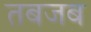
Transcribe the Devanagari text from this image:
तबजब